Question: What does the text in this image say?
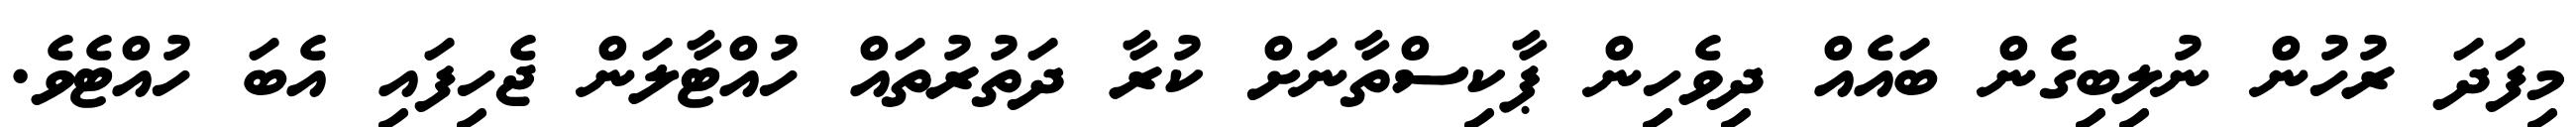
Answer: މިފަދަ ރުހުން ނުލިބިގެން ބައެއް ދިވެހިން ޕާކިސްތާނަށް ކުރާ ދަތުރުތައް ހުއްޓާލަން ޖެހިފައި އެބަ ހުއްޓެވެ.